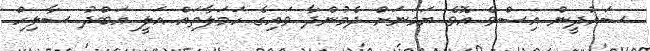
ސައުދީން އިސްވެ އޮވެ ޔަމަނަށް ދެމުންދާ ވައިގެ ހަމަލާތައް އަލީ އަބްދު ސާލިހް